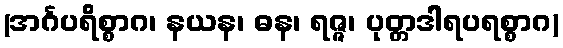
(အင်္ဂပရိစ္စာဂ၊ နယန၊ ဓန၊ ရဇ္ဇ၊ ပုတ္တဒါရပရစ္စာဂ)